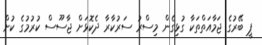
ޕީ ބޭރުގެ ޖަމާއަތްތަކާ ގުޅިގެން މިސްރު ސަރުކާރާ ދެކޮޅަށް ޖާސޫސް ކުރުމުގެ ކުށް